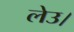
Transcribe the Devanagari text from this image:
लेउ।